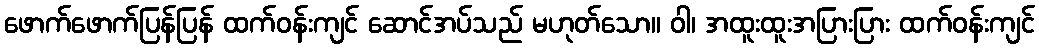
ဖောက်ဖောက်ပြန်ပြန် ထက်ဝန်းကျင် ဆောင်အပ်သည် မဟုတ်သော။ ဝါ၊ အထူးထူးအပြားပြား ထက်ဝန်းကျင်